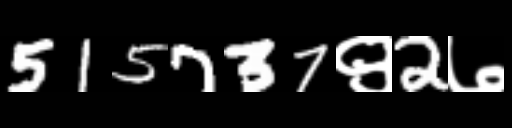
Text: 515737९2७